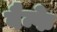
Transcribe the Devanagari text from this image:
बैन्फे